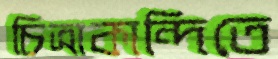
চিত্রাকান্দিতে